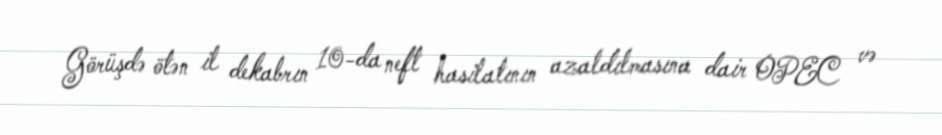
Görüşdə ötən il dekabrın 10-da neft hasilatının azaldılmasına dair OPEC və